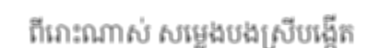
ពីរោះណាស់ សម្លេងបងស្រីបង្កើត